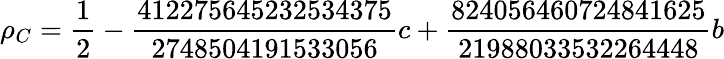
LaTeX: \rho_{C}=\frac{1}{2}-\frac{412275645232534375}{2748504191533056}c+\frac{824056460724841625}{21988033532264448}b